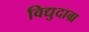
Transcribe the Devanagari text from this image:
विद्युदाग्र